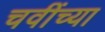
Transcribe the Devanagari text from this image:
चवींच्या